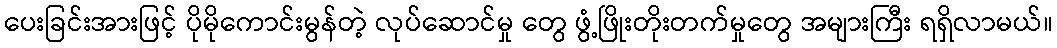
ပေးခြင်းအားဖြင့် ပိုမိုကောင်းမွန်တဲ့ လုပ်ဆောင်မှု တွေ ဖွံ့ဖြိုးတိုးတက်မှုတွေ အများကြီး ရရှိလာမယ်။